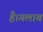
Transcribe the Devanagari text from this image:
है।गलाब